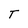
Character: T